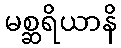
မစ္ဆရိယာနိ